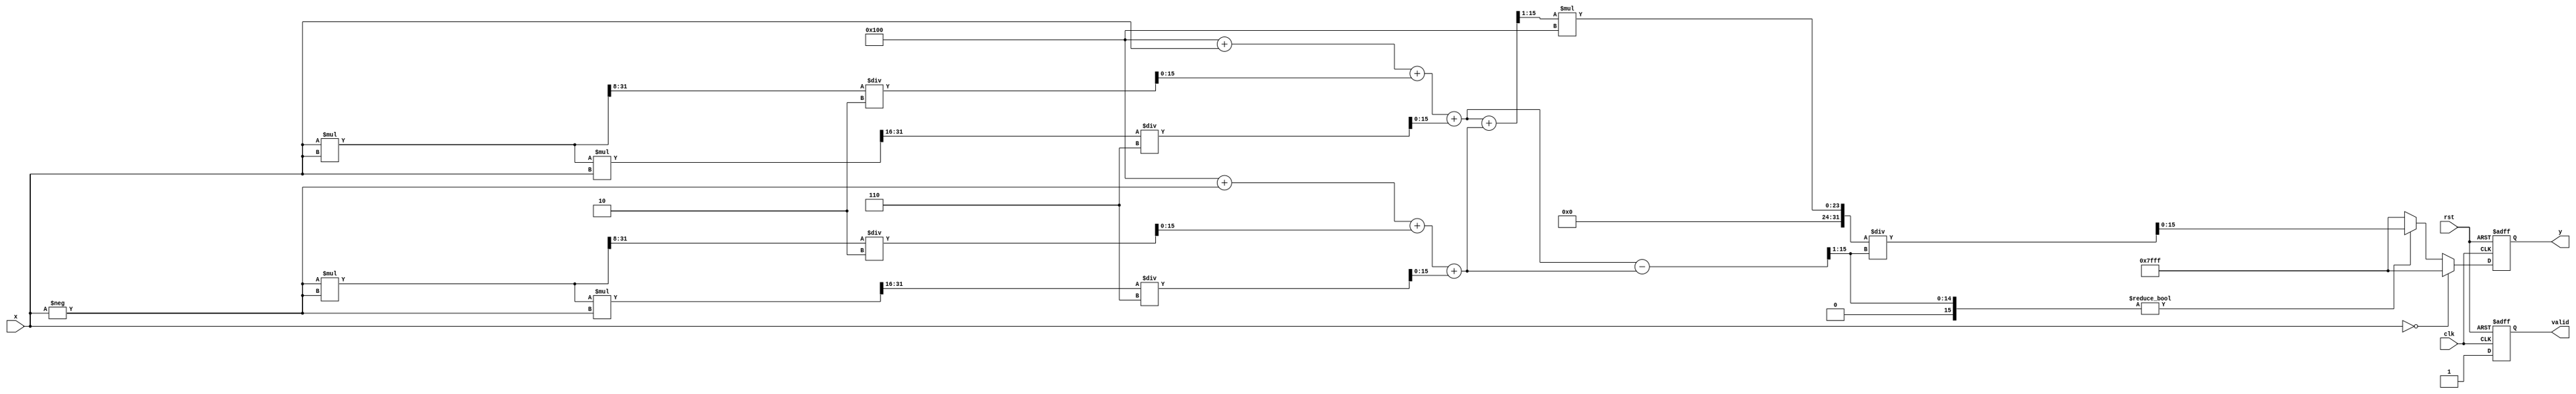
module hyperbolic_cotangent #(
    parameter N = 16, // Total bits for input (n + m)
    parameter P = 16, // Total bits for output (p + q)
    parameter M = 8   // Number of fractional bits
)(
    input wire [N-1:0] x, // Fixed-point input
    input wire clk,
    input wire rst,
    output reg [P-1:0] y, // Fixed-point output
    output reg valid // Output valid signal
);

    // Internal signals
    wire [N-1:0] exp_x;
    wire [N-1:0] exp_neg_x;
    wire [N-1:0] cosh_x;
    wire [N-1:0] sinh_x;
    wire [P-1:0] coth_x;
    
    // Special case handling
    localparam MAX_VALUE = {1'b0, {P-1{1'b1}}}; // Maximum representable value for output

    // Exponential calculation (using a simple polynomial approximation for e^x)
    function [N-1:0] exp_approx;
        input [N-1:0] x;
        reg [N-1:0] result;
        begin
            // Simple polynomial approximation for e^x
            result = (1 << M) + x + (x * x >> M) / 2 + (x * x * x >> (2 * M)) / 6; // e^x
            exp_approx = result;
        end
    endfunction

    // Calculate e^x and e^-x
    assign exp_x = exp_approx(x);
    assign exp_neg_x = exp_approx(-x);

    // Calculate hyperbolic cosine and sine
    assign cosh_x = (exp_x + exp_neg_x) >> 1; // cosh(x) = (e^x + e^-x) / 2
    assign sinh_x = (exp_x - exp_neg_x) >> 1; // sinh(x) = (e^x - e^-x) / 2

    // Division to compute coth(x)
    assign coth_x = (sinh_x != 0) ? (cosh_x * (1 << M)) / sinh_x : MAX_VALUE; // coth(x) = cosh(x) / sinh(x)

    // Control logic and state machine
    always @(posedge clk or posedge rst) begin
        if (rst) begin
            y <= 0;
            valid <= 0;
        end else begin
            if (x == 0) begin
                y <= MAX_VALUE; // Handle the case for x = 0
            end else begin
                y <= coth_x;
            end
            valid <= 1; // Indicate output is valid
        end
    end

endmodule